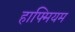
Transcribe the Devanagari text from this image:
हाफ्मियम